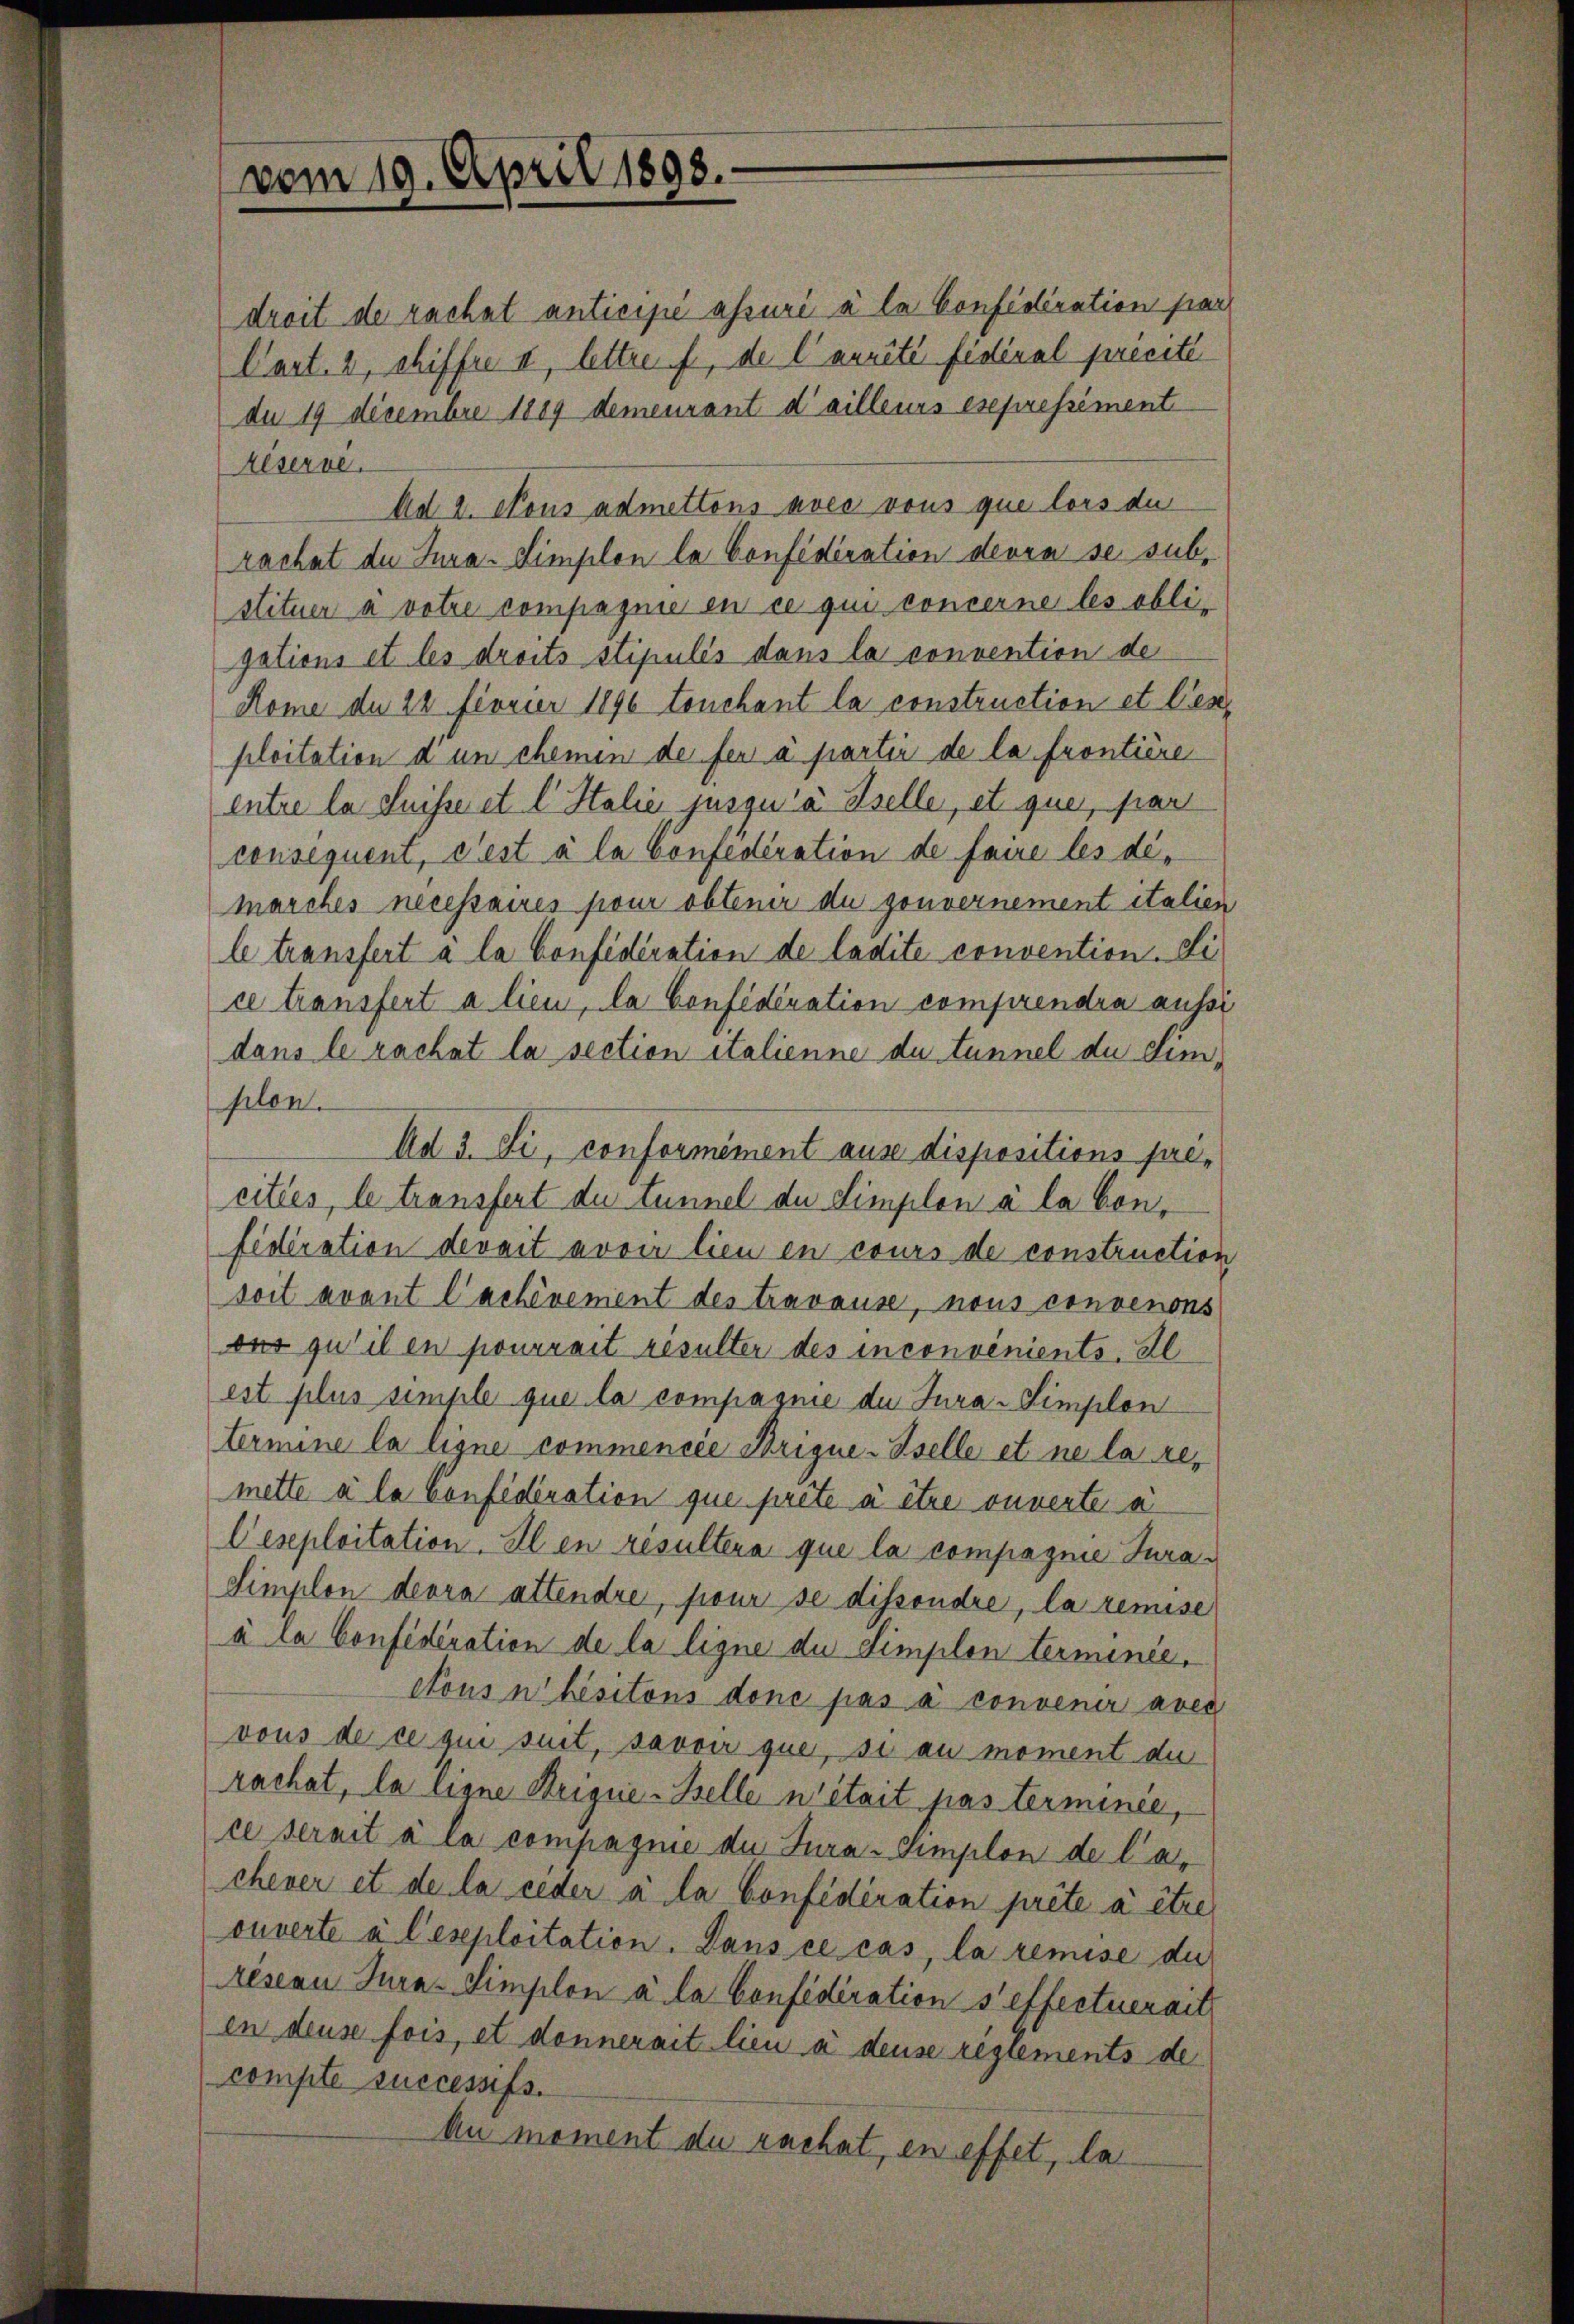
vom 19. April 1898.

droit de rachet anticipé assuri à la Confédération par
Cart. 2, chiffre II, lettre f, de l’aurité fidéral precite
du 19 Decembre 1889 demeurant d’ailleurs esepressément
Aéservé.
Ad 2. Nous admettons avec vous que lors der
rachat de Jura-Simplon la Confédération devra se subs
stituer a votie compagnie en ce qui concerne les obli-
gations et les droits stipulés dans la convention de
Rome de 22 Fiovier 1896 touchant la construction et Cenploitation d’un chemen de fen a partir de la frontière
entre la Suisser et l. Stalie jusqu’à Sselle, et que, hier
consequent, dest à la Confederation de faire les dimarches nécessaires pour obtenir du gouvernement italien
le transfert a la Confideration de ledite convention. Si
ce transfert a lieu, la Considération comprendra aussi
dans le rachat la section italienne du tunnel du Limsilen.
Ad 3. Si, conformément ause dispositions précitées, le transfert du tunnel de Simplon à la Confidération devait avoir lieu en cours de construction
soit avant Cachénement des travause, nous convenons
ons qu’il en pourrait résulter des inconvenients. Il
est plus simple que la compagnie du Jura-Simplon
termine la ligne commencée Brigue-Iselle et ne la remette a la Confidération que préte à être ouverte a
Ceseploitation. Il en resultera que la compagnie Jura¬
Simplon devra attendre, sieur se dissondre, la remise
à la Confideration de la ligne du Simplon terminee.
dons n’hisitons donc pas à convenir aves
vous de ce qui suit, savoir que, si au moment du
rachat, la ligne Brique-Belle n’était pas terminée,
ce serait à la compagnie die Jura-Simplon de la-
chever et de la ceder à la Confidération prété à être
ouverte à l’eseploitation. Dans ce cas, la remise du
resern Jura-Simplon à la Considération s’effectuerait
en dense fois, et donnerait lieu à deuse règlements de
compte successifs.
Au moment du rachat, en effet, da